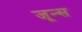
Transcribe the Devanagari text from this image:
जून्स